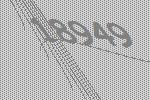
18949